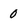
Character: 0